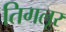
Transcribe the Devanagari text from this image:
तिगलूर